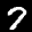
Label: 7